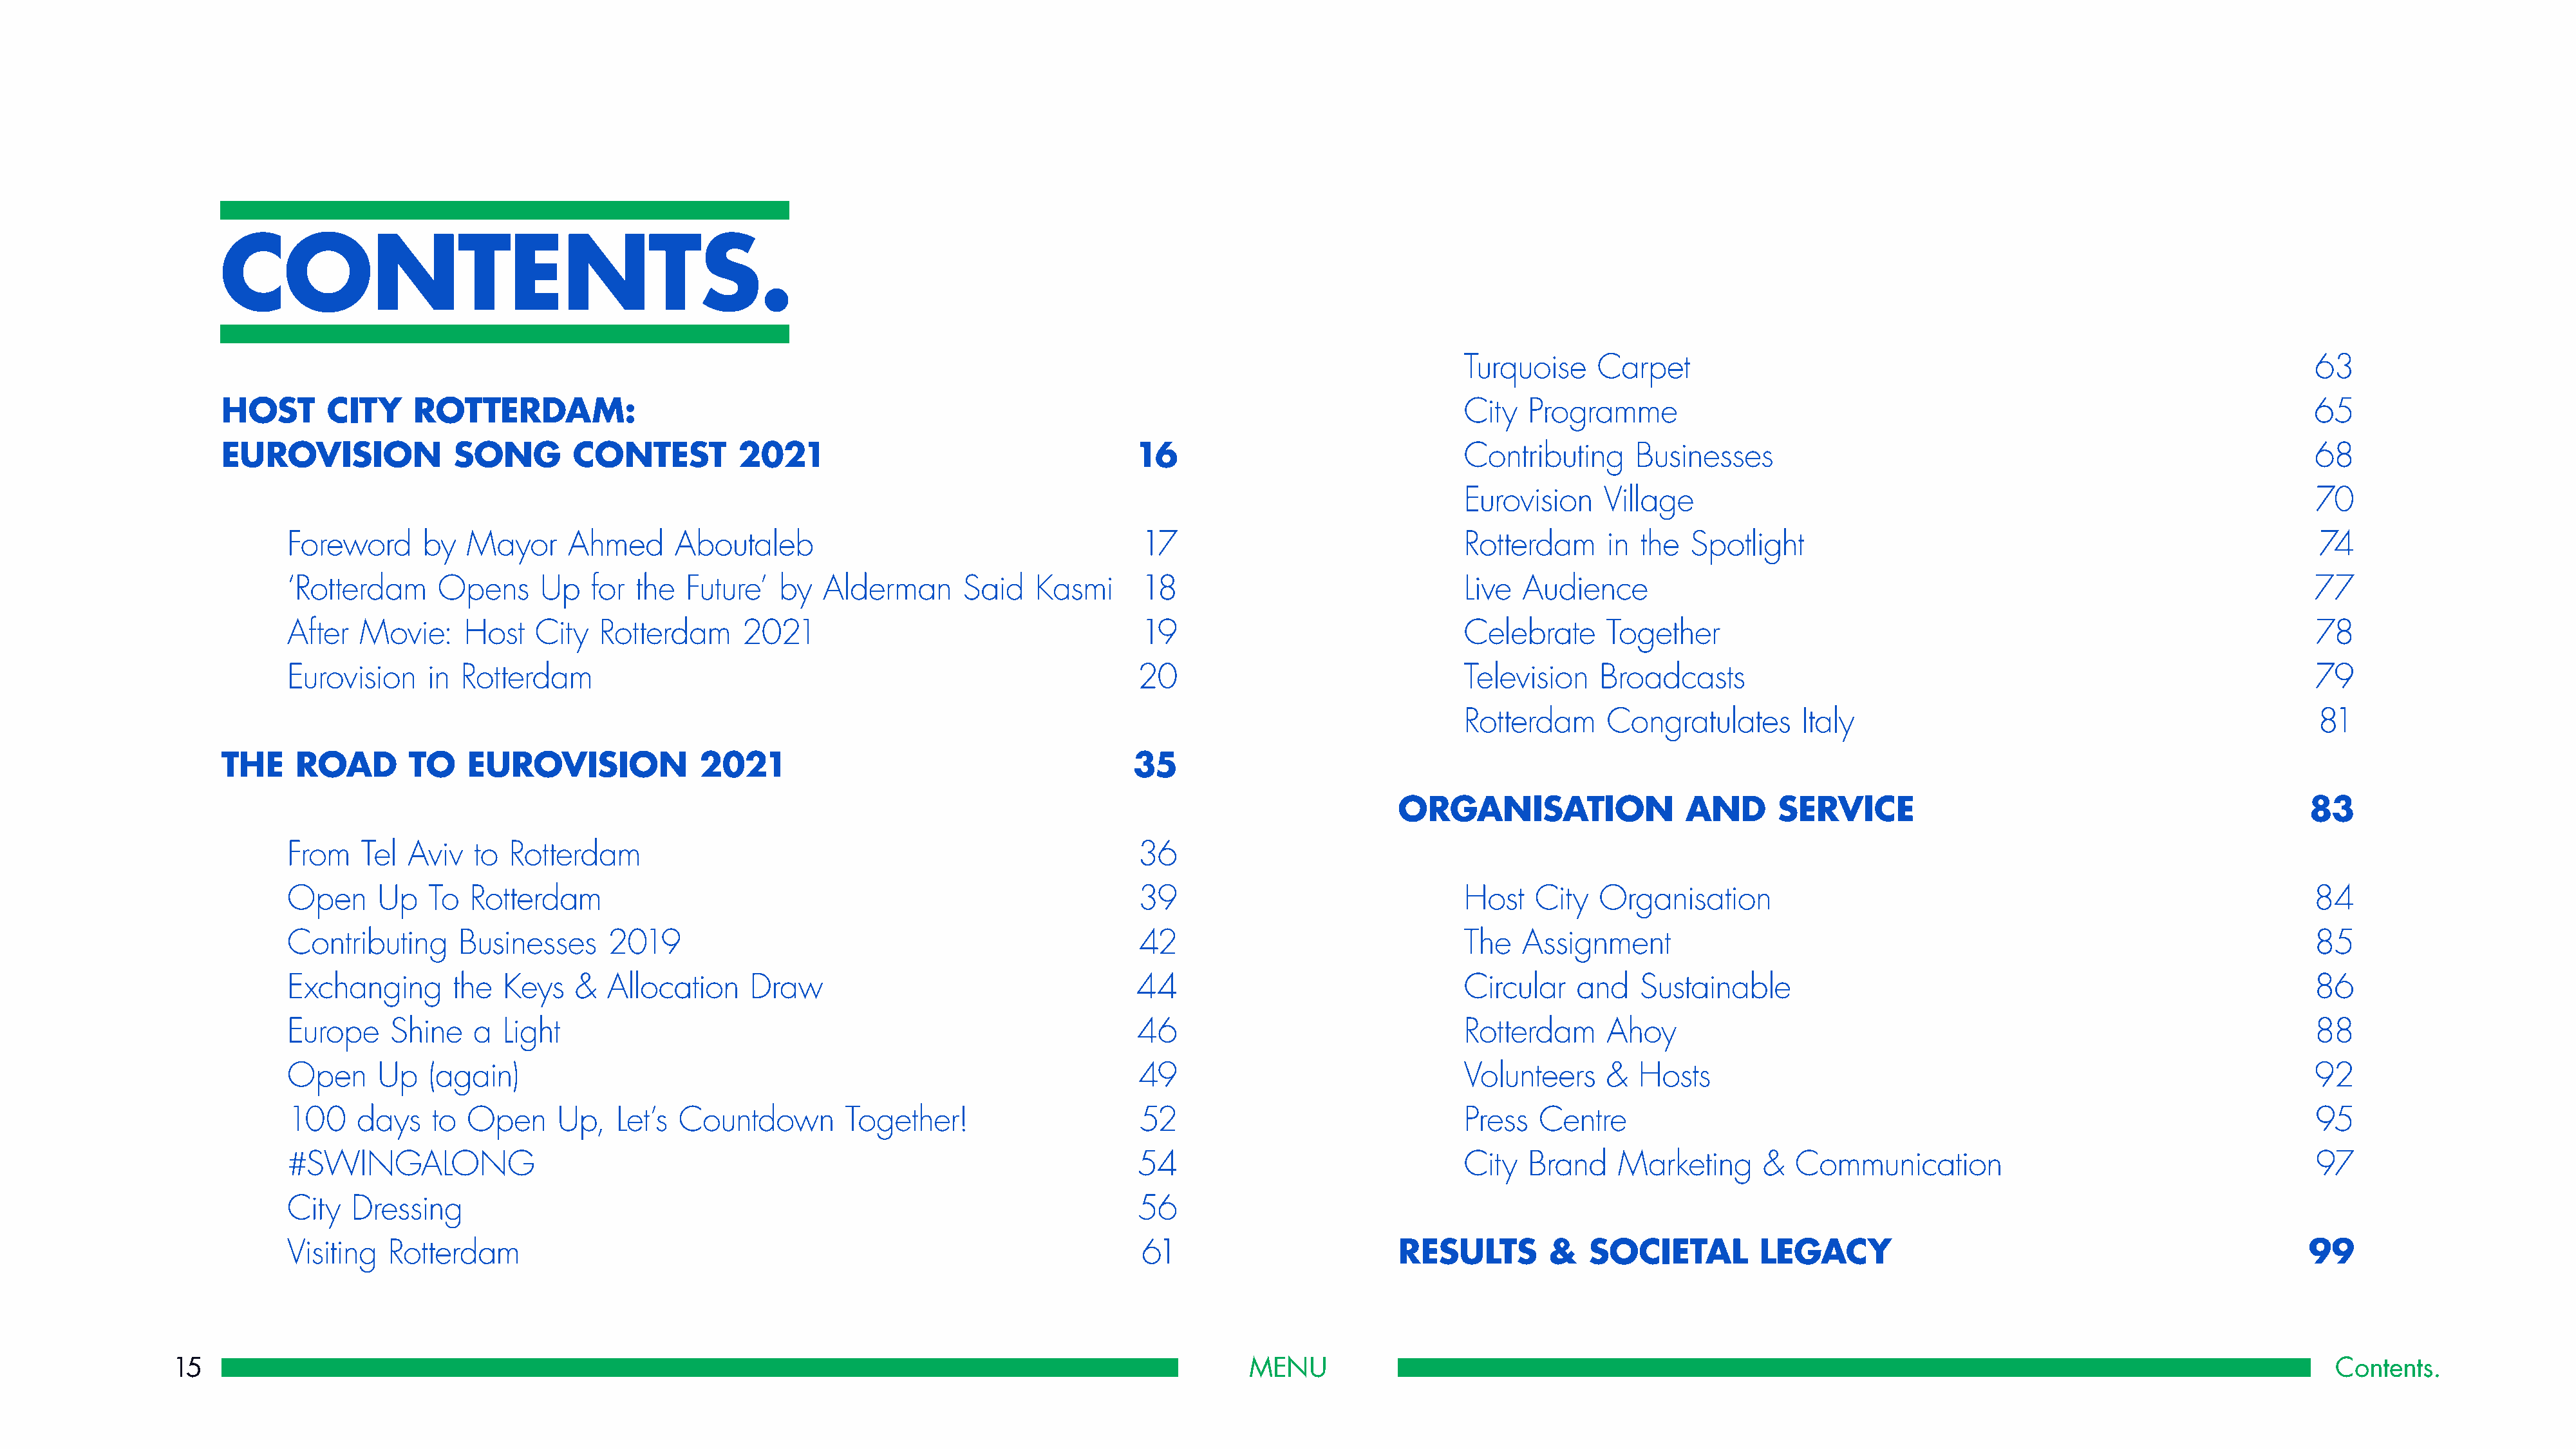
CONTENTS.
 Turquoise     Carpet                                                                    63
 HOST       CITY     ROTTERDAM:                                                                                                 City   Programme                                                                        65
 EUROVISION              SONG        CONTEST          2021                                     16                               Contributing      Businesses                                                            68
 Eurovision     Village                                                                  70
 Foreword     by   Mayor     Ahmed      Aboutaleb                                       17                               Rotterdam      in  the  Spotlight                                                       74
 ‘Rotterdam     Opens      Up   for the  Future’   by   Alderman      Said   Kasmi      18                               Live  Audience                                                                          77
 After  Movie:     Host   City   Rotterdam     2021                                     19                               Celebrate      Together                                                                 78
 Eurovision    in Rotterdam                                                             20                               Television    Broadcasts                                                                79
 Rotterdam      Congratulates       Italy                                                81
 THE    ROAD        TO    EUROVISION              2021                                        35
 ORGANISATION                 AND       SERVICE                                               83
 From   Tel  Aviv   to Rotterdam                                                        36
 Open     Up   To  Rotterdam                                                            39                               Host    City  Organisation                                                              84
 Contributing     Businesses     2019                                                   42                               The   Assignment                                                                        85
 Exchanging       the  Keys   &  Allocation     Draw                                    44                               Circular    and    Sustainable                                                          86
 Europe    Shine    a  Light                                                            46                               Rotterdam      Ahoy                                                                     88
 Open     Up   (again)                                                                  49                               Volunteers     &  Hosts                                                                 92
 100    days   to  Open     Up,   Let’s  Countdown        Together!                     52                               Press   Centre                                                                          95
 #SWINGALONG                                                                            54                               City   Brand    Marketing      &   Communication                                        97
 City  Dressing                                                                         56
 Visiting  Rotterdam                                                                    61                         RESULTS        &   SOCIETAL          LEGACY                                                  99
 15                                                                                                            MENU                                                                                                            Contents.